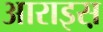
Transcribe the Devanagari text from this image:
आराइस़